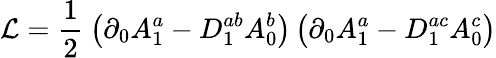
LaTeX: {\mathcal L}=\frac{1}{2}\: \big(\partial_{0}A_{1}^{a}-D_{1}^{ab}A_{0}^{b}\big)\, \big(\partial_{0}A_{1}^{a}-D_{1}^{ac}A_{0}^{c}\big)